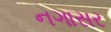
નગાસર